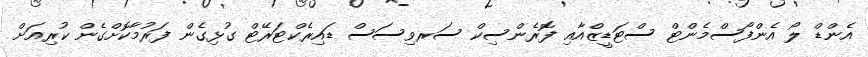
އެންޑް ލޯ އެންފޯސްމެންޓް ސްޓަޑީޒްއާއި ފޮރެންސިކް ސަރވިސަސް ޑައިރެކްޓަރޭޓް ގުޅިގެން ފަރުމާކޮށްގެން ކުރިއަށް